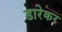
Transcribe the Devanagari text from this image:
डारेकर